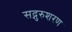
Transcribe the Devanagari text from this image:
सद्गुरुशरण